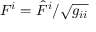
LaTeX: F ^ { i } = { \hat { F } } ^ { i } / { \sqrt { g _ { i i } } }